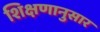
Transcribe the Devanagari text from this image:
शिक्षणानुसार